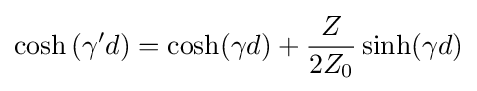
\cosh \left(\gamma 'd\right)=\cosh(\gamma d)+{\frac {Z}{2Z_{0}}}\sinh(\gamma d)